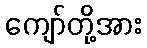
ကျော်တို့အား